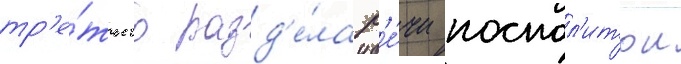
тр'е́тьего разд'е́ла р'е́чи поспол'итои